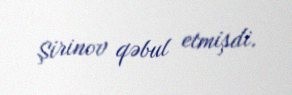
Şirinov qəbul etmişdi.